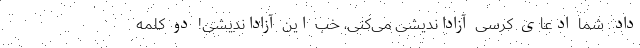
داد. شما ادعای کرسی آزاداندیشی می‌کنی، خب این آزاداندیشی! دو کلمه